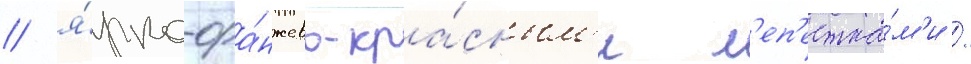
/ я́рко-ора́нжево-кра́сным'и л'еп'естка́м'и /